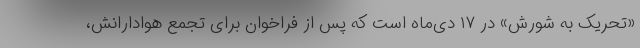
«تحریک به شورش» در ۱۷ دی‌ماه است که پس از فراخوان برای تجمع هوادارانش،